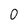
Character: 0